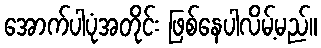
အောက်ပါပုံအတိုင်း ဖြစ်နေပါလိမ့်မည်။